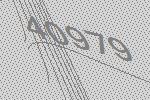
40979